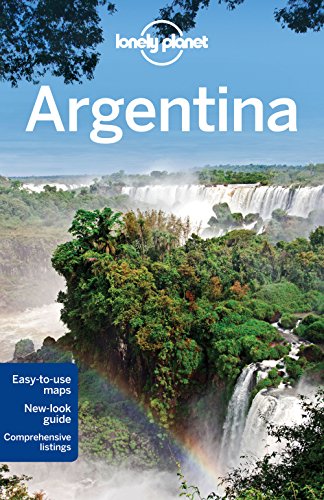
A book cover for Lonely Planet Argentina (Travel Guide); Lonely Planet; Travel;